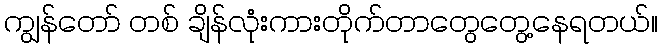
ကျွန်တော် တစ် ချိန်လုံးကားတိုက်တာတွေတွေ့နေရတယ်။